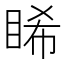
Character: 睎